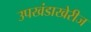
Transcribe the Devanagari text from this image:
उपखंडाखेरीज